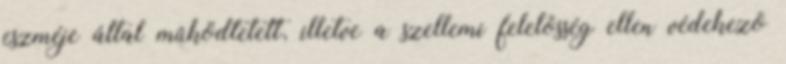
eszméje által mûködtetett, illetve a szellemi felelõsség ellen védekezõ